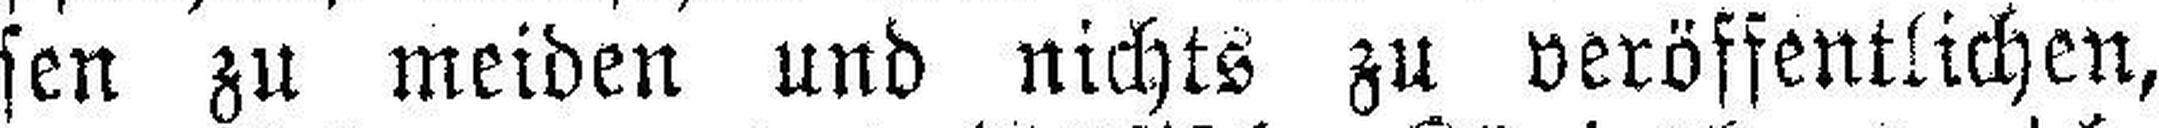
sen zu meiden und nichts zu veröffentlichen,